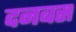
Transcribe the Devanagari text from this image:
दनबस